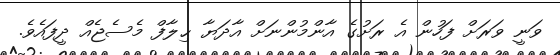
ވަނީ ވަރަށް ފަހުން އެ ރަށުގެ އާންމުންނަށް އާދަޔާ ޙިލާފް މެސެޖެއް ދީފައެވެ.